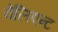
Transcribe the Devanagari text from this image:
वेलिएन्ट